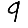
Digit: 9